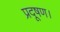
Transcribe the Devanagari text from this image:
प्रदूषण।